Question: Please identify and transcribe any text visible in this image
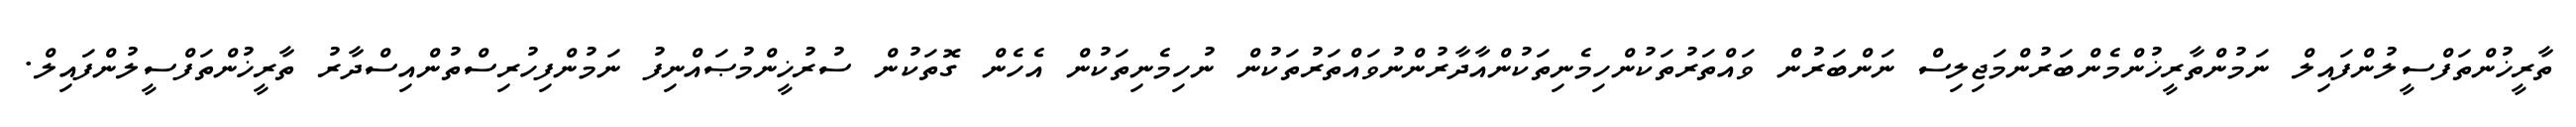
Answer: ތާރީޚުންތަފްސީލުންފައިލް ނަމުންތާރީޚުންމެންބަރުންމަޖިލިސް ނަންބަރުން ވައްތަރުތަކުންހިމެނިތަކުންއާދާރުންނުވައްތަރުތަކުން ނުހިމެނިތަކުން އެހެން ގޮތަކުން ސުރުޚީންމުޞައްނިފު ނަމުންފިހުރިސްތުންއިސްދާރު ތާރީޚުންތަފްސީލުންފައިލް.